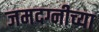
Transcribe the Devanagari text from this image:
जमदग्नीच्या